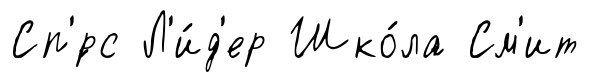
Сп'́рс Л'и́д'ер Шко́ла См'ит